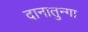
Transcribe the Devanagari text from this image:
दानातुन्गा